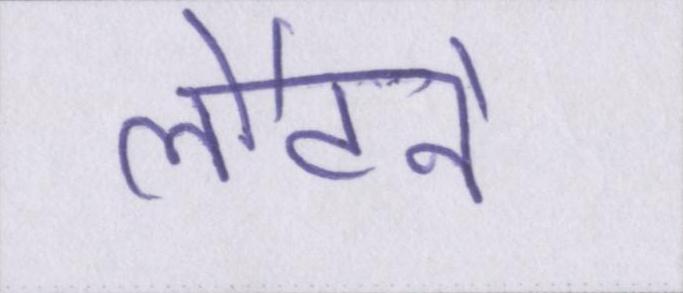
लौटने